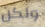
ولكن